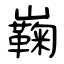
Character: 巈